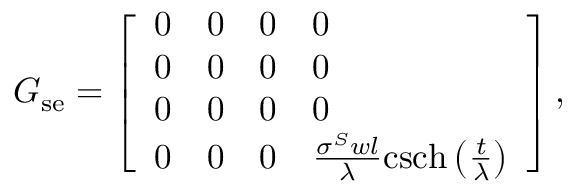
G _ { \mathrm { s e } } = \left[ \begin{array} { l l l l } { 0 } & { 0 } & { 0 } & { 0 } \\ { 0 } & { 0 } & { 0 } & { 0 } \\ { 0 } & { 0 } & { 0 } & { 0 } \\ { 0 } & { 0 } & { 0 } & { \frac { \sigma ^ { S } w l } { \lambda } \mathrm { c s c h } \left( \frac { t } { \lambda } \right) } \end{array} \right] ,